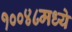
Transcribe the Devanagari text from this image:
१००४८मध्ये